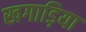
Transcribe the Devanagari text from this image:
खगाड़िया